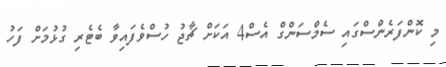
މި ކޮންފަރެންސްގައި ސެމްސަންގް އެސް4 އަކަށް ޗާޖު ހުސްވެފައިވާ ބެޓެރި ގުޅުމަށް ފަހު